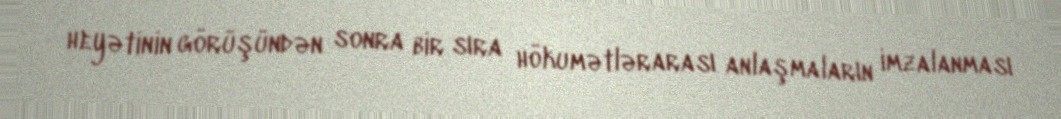
heyətinin görüşündən sonra bir sıra hökumətlərarası anlaşmaların imzalanması